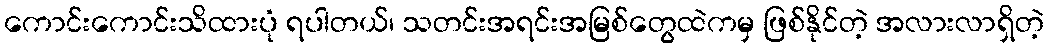
ကောင်းကောင်းသိထားပုံ ရပါတယ်၊ သတင်းအရင်းအမြစ်တွေထဲကမှ ဖြစ်နိုင်တဲ့ အလားလာရှိတဲ့